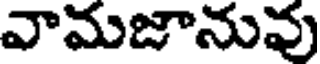
వామజానువు